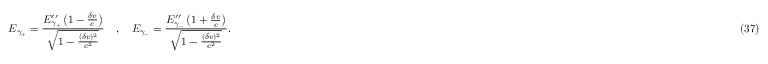
E _ { \gamma _ { + } } = \frac { E _ { \gamma _ { + } } ^ { \prime \prime } \left( 1 - \frac { \delta v } { c } \right) } { \sqrt { 1 - \frac { ( \delta v ) ^ { 2 } } { c ^ { 2 } } } } \quad , \quad E _ { \gamma _ { - } } = \frac { E _ { \gamma _ { - } } ^ { \prime \prime } \left( 1 + \frac { \delta v } { c } \right) } { \sqrt { 1 - \frac { ( \delta v ) ^ { 2 } } { c ^ { 2 } } } } . \eqno ( 3 7 )